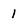
Character: 1